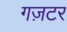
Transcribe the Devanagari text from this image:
गज़टर